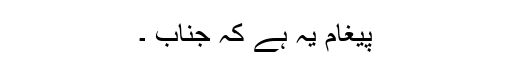
پیغام یہ ہے کہ جناب ۔